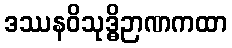
ဒဿနဝိသုဒ္ဓိဉာဏကထာ